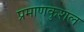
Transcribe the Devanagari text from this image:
प्रमाणकुशल